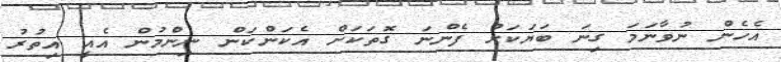
އެހެން ނުވާނަމަ ގިނަ ބަޔަކަށް ފެންނަ ގޮތަކަށް އެކަންކަން ނިންމުން އެއީ އިތުރު